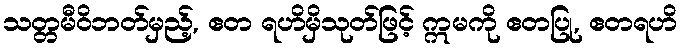
သတ္တမီဝိဘတ်မှည့်, ဧတ ရဟိမှိသုတ်ဖြင့် ဣမကို ဧတပြု, ဧတရဟိ